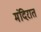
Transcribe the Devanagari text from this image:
मंदिरात